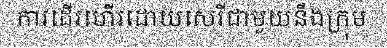
ការដើរហើរដោយសេរីជាមួយនឹងក្រុម